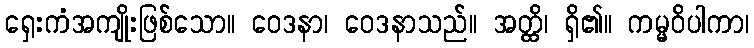
ရှေးကံအကျိုးဖြစ်သော။ ဝေဒနာ၊ ဝေဒနာသည်။ အတ္ထိ၊ ရှိ၏။ ကမ္မဝိပါကာ၊